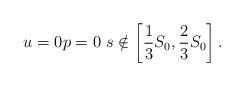
LaTeX: \begin{align*}u=0 p=0 \ s\notin \left[\frac{1}{3}S_0,\frac{2}{3}S_0\right].\end{align*}